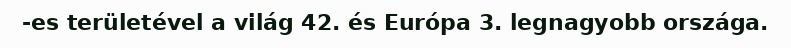
-es területével a világ 42. és Európa 3. legnagyobb országa.